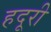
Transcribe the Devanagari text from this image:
हदूरी